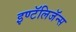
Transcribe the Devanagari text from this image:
इण्टॅलिजॅन्स